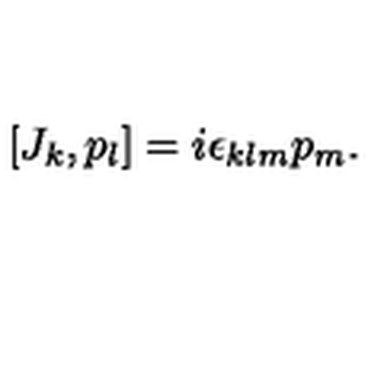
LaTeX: [ J _ { k } , p _ { l } ] = i \epsilon _ { k l m } p _ { m } .